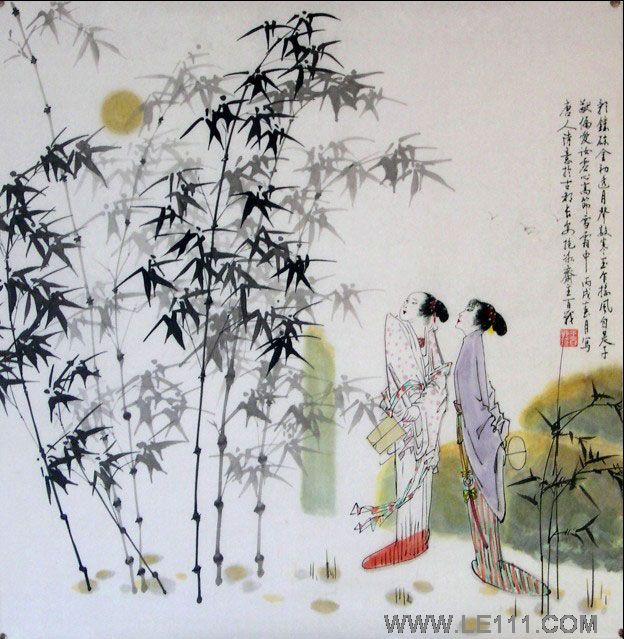
横戈从百战，直为衔恩甚。